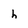
Character: h